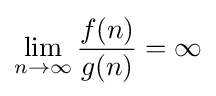
\lim _{n\to \infty }{\frac {f(n)}{g(n)}}=\infty